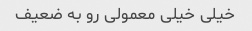
خیلی خیلی معمولی رو به ضعیف